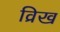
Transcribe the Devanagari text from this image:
व्रिख